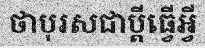
ថាបុរសជាប្តីធ្វើអ្វី